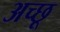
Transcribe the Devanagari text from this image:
अच्छू